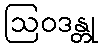
ဩဝဒန္တု